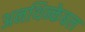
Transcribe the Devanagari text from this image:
अनथिन्केबल